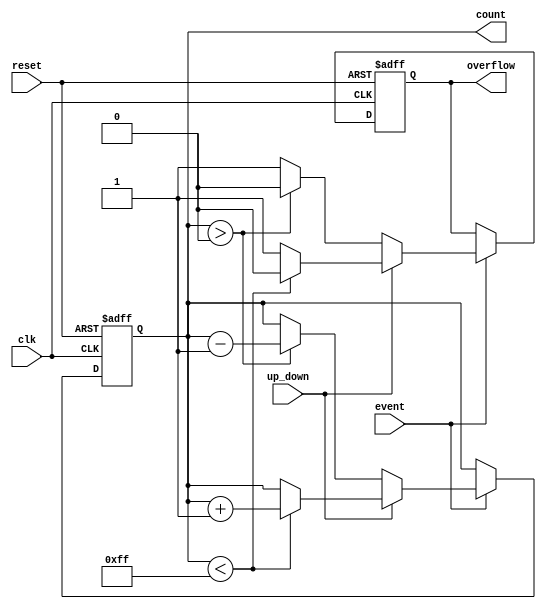
module EventCounter #(
    parameter WIDTH = 8 // Parameter for the bit-width of the counter
) (
    input wire clk,          // Clock signal
    input wire reset,        // Reset signal
    input wire event,        // Event signal to trigger counting
    input wire up_down,      // Control signal: 1 for up, 0 for down
    output reg [WIDTH-1:0] count, // Current count value
    output reg overflow      // Overflow signal
);

    // Initialize the count and overflow
    initial begin
        count = 0;
        overflow = 0;
    end

    // Always block for synchronous operations
    always @(posedge clk or posedge reset) begin
        if (reset) begin
            count <= 0;        // Reset the count to zero
            overflow <= 0;     // Clear overflow on reset
        end else if (event) begin
            if (up_down) begin
                // Up counting
                if (count < (2**WIDTH - 1)) begin
                    count <= count + 1; // Increment count
                    overflow <= 0;       // No overflow
                end else begin
                    overflow <= 1;       // Set overflow if max value reached
                end
            end else begin
                // Down counting
                if (count > 0) begin
                    count <= count - 1; // Decrement count
                    overflow <= 0;       // No overflow
                end else begin
                    overflow <= 1;       // Set overflow if below zero
                end
            end
        end
    end

endmodule